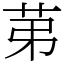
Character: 苐